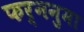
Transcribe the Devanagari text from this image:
फर्ननुमा